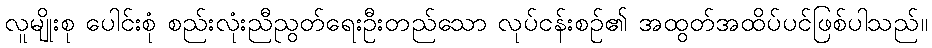
လူမျိုးစု ပေါင်းစုံ စည်းလုံးညီညွတ်ရေးဦးတည်သော လုပ်ငန်းစဉ်၏ အထွတ်အထိပ်ပင်ဖြစ်ပါသည်။